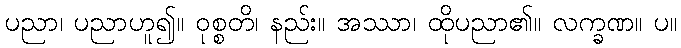
ပညာ၊ ပညာဟူ၍။ ဝုစ္စတိ၊ နည်း။ အဿာ၊ ထိုပညာ၏။ လက္ခဏ။ ပ။